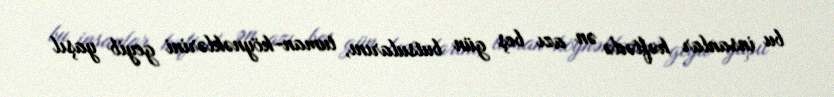
bu insanlar həftədə ən azı beş gün butsularını, tuman-köynəklərini geyib yaşıl